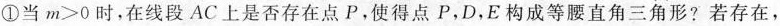
①当$$m>0$$时，在线段AC上是否存在点P，使得点P，D，E构成等腰直角三角形?若存在，